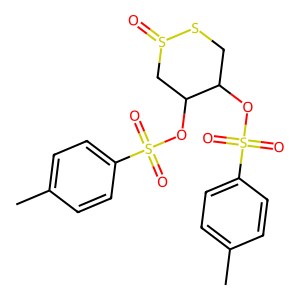
SMILES: Cc1ccc(S(=O)(=O)OC2CSS(=O)CC2OS(=O)(=O)c2ccc(C)cc2)cc1
Inhibits HIV replication: No